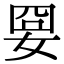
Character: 𡜸